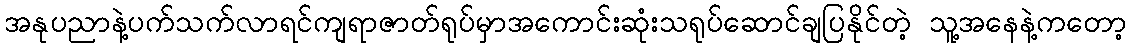
အနုပညာနဲ့ပက်သက်လာရင်ကျရာဇာတ်ရုပ်မှာအကောင်းဆုံးသရုပ်ဆောင်ချပြနိုင်တဲ့ သူ့အနေနဲ့ကတော့